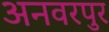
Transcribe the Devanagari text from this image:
अनवरपुर